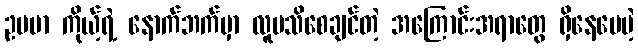
ဥပမာ ကိုယ့်ရဲ့ နောက်ဘက်မှာ လူမသိစေချင်တဲ့ အကြောင်းအရာတွေ ရှိနေပေမဲ့